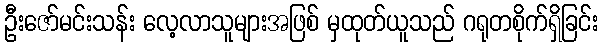
ဦးဇော်မင်းသန်း လေ့လာသူများအဖြစ် မှထုတ်ယူသည် ဂရုတစိုက်ရှိခြင်း